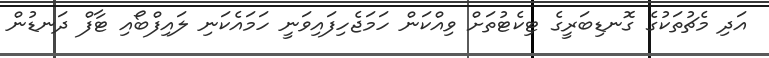
އަދި މެޗުތަކުގެ ގޮނޑިބަރީގެ ޓިކެޓުތަށް ވިއްކަން ހަމަޖެހިފައިވަނީ ހަމައެކަނި ލައިފްބޯއި ޓާފް ދަނޑުން